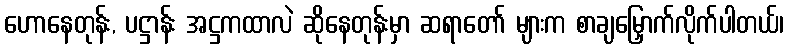
ဟောနေတုန်း, ပဋ္ဌာန်း အဋ္ဌကထာလဲ ဆိုနေတုန်းမှာ ဆရာတော် များက စာချမြှောက်လိုက်ပါတယ်၊